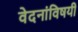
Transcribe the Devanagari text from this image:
वेदनांविषयी